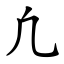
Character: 凢